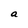
Character: a